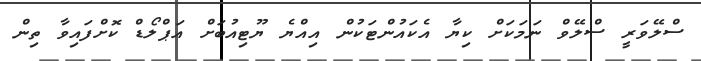
ސްލޭވަރީ ސްލޭވް ނަމަކަށް ކިޔާ އެކައުންޓަކުން އިއްޔެ ޔޫޓިއުބަށް އަޕްލޯޑް ކޮށްފައިވާ ތިން